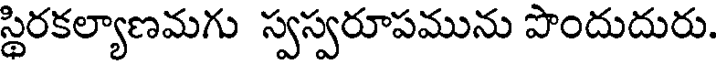
స్థిరకల్యాణమగు స్వస్వరూపమును పొందుదురు.